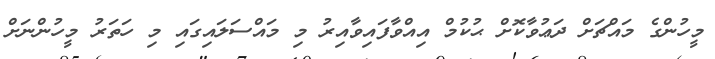
މީހުންގެ މައްޗަށް ދަޢުވާކޮށް ޙުކުމް އިއްވާފައިވާއިރު މި މައްސަލައިގައި މި ހަތަރު މީހުންނަށް